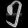
Digit: ၅